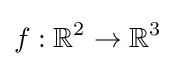
f:\mathbb {R} ^{2}\to \mathbb {R} ^{3}